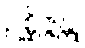
ဥစ္ဆိဇ္ဇန္တု